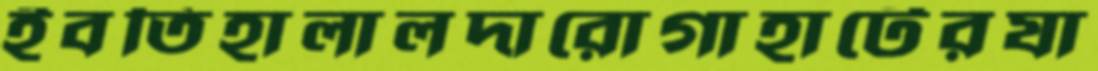
ইবতিহালালদারোগাহাটেরযা